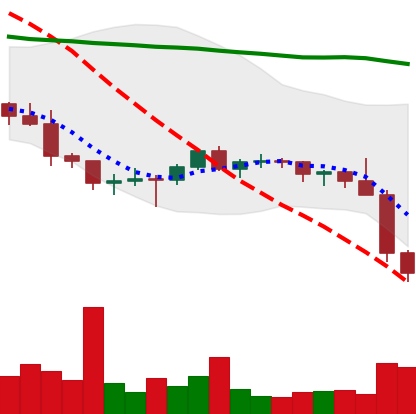
Ticker: BTC-USD
Chart end date: 2022-01-22
Forward return: 6.018%
Label: up_5_7